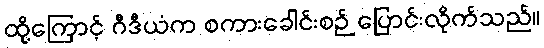
ထို့ကြောင့် ဂီဒီယံက စကားခေါင်းစဉ် ပြောင်းလိုက်သည်။